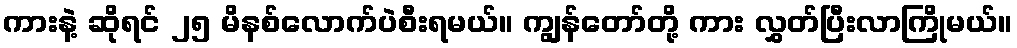
ကားနဲ့ ဆိုရင် ၂၅ မိနစ်လောက်ပဲစီးရမယ်။ ကျွန်တော်တို့ ကား လွှတ်ပြီးလာကြိုမယ်။